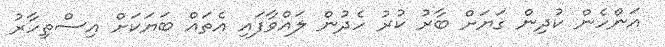
އަންހެން ކުދިން ގަޔަށް ބާރު ކުރު ހެދުން ލައްވާފައި އެތައް ބަޔަކަށް އިސްތިހާރު